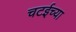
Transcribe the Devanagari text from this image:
चटईच्या